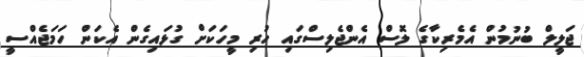
ޖަލީލް ބުނުމުން އެމެރިކާގެ ލޮސް އެންޖެލިސްގައި ހުރި މީހަކަށް ގުޅައިގެން އެކަން ހަމަޖެއްސީ